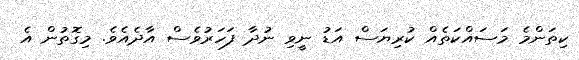
ކިތަންމެ މަސައްކަތެއް ކުރިޔަސް އަޑު ނީވި ނުދާ ފަހަރުވެސް އާދެއެވެ. މިގޮތުން އެ